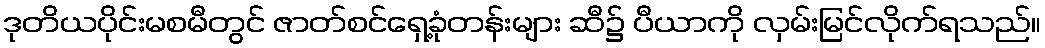
ဒုတိယပိုင်းမစမီတွင် ဇာတ်စင်ရှေ့ခုံတန်းများ ဆီ၌ ပီယာကို လှမ်းမြင်လိုက်ရသည်။